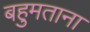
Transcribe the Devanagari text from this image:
बहुमताना